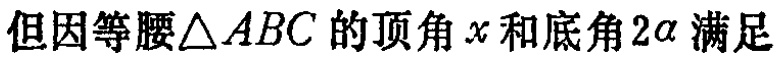
但因等腰\(\triangle ABC\)的顶角\(x\)和底角\(2\alpha\)满足